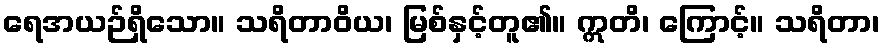
ရေအယဉ်ရှိသော။ သရိတာဝိယ၊ မြစ်နှင့်တူ၏။ ဣတိ၊ ကြောင့်။ သရိတာ၊